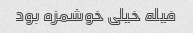
فیله خیلی خوشمزه بود